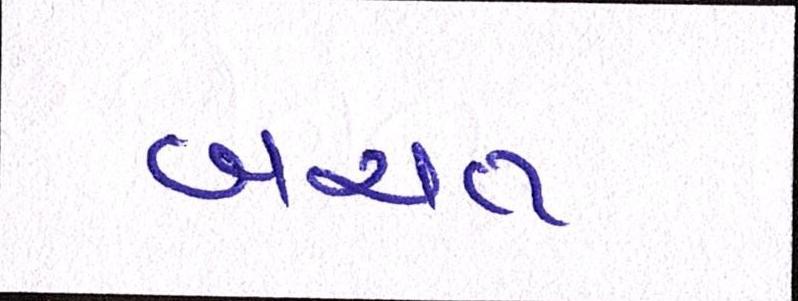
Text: બચત